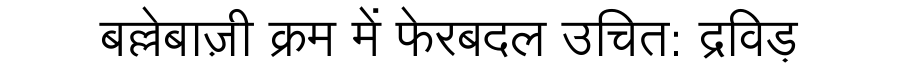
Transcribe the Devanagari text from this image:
बल्लेबाज़ी क्रम में फेरबदल उचित: द्रविड़